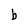
Character: b